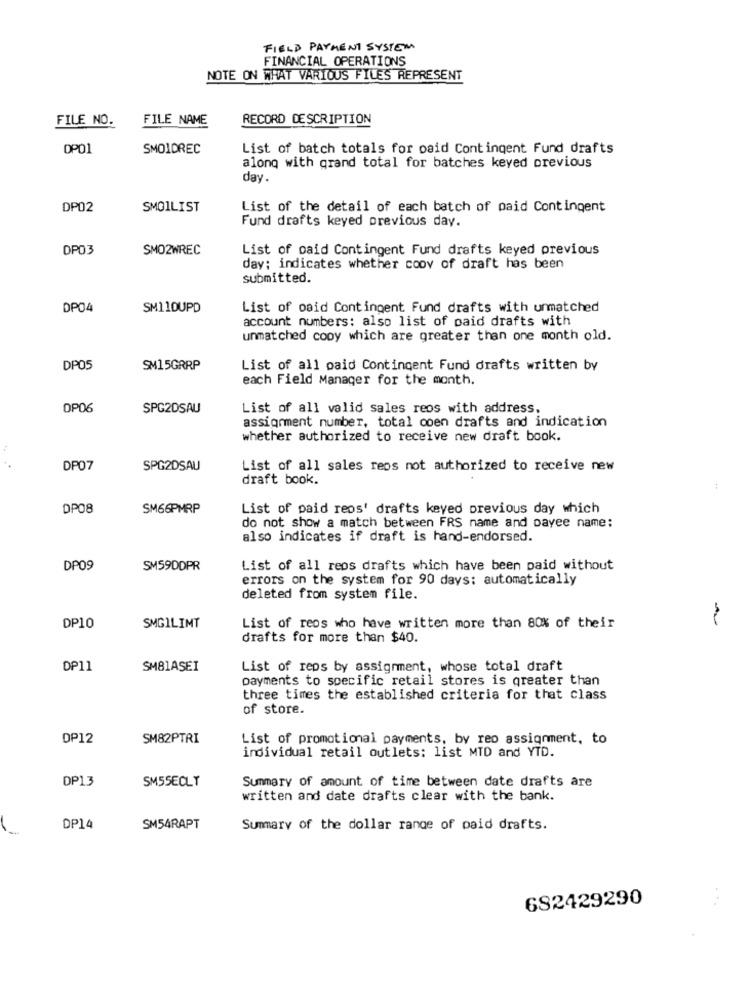
FIELD PAYMENT SYSTEM
FINANCIAL OPERATIONS
NOTE ON WHAT VARIOUS FILES REPRESENT
FILE NO.
FILE NAME
RECORD DESCRIPTION
DP01
SMOIDREC
List of batch totals for osid Contingent Fund drafts
along with grand total for batches keyed previous
day.
DP02
SMOILIST
List of the detail of each batch of paid Contingent
Fund drafts keyed previous day.
DP03
SMO2WREC
List of paid Contingent Fund drafts keyed previous
day: indicates whether coov of draft has been
submitted.
DP04
SM110UPD
List of paid Contingent Fund drafts with unmatched
account numbers: also list of paid drafts with
unmatched cooy which are greater than one month old.
DP05
SM15GRRP
List of all paid Contingent Fund drafts written by
each Field Manager for the month.
OP06
SPG2DSAU
List of all valid sales reos with address,
assignment number, total coen drafts and indication
whether authorized to receive new draft book.
DP07
SPG2DSAU
List of all sales reos not authorized to receive new
draft book.
DP08
SM66PMRP
List of paid reos' drafts keyed previous day which
do not show a match between FRS name and payee name:
also indicates if draft is hand-endorsed.
DP09
SM59DDPR
List of all reos drafts which have been paid without
errors on the system for 90 days: automatically
deleted from system file.
DP10
SMGILIMT
List of reos who have written more than 80% of their
drafts for more than $40.
DP11
SM81ASEI
List of reps by assignment, whose total draft
payments to specific retail stores is greater than
three times the established criteria for that class
of store.
OP12
SM82PTRI
List of promotional payments, by reo assignment, to
individual retail outlets: list MTD and YTD.
DP13
Summary of amount of time between date drafts are
SM5SECLT
written and date drafts clear with the bank.
DP14
SM54RAPT
Summary of the dollar range of paid drafts.
682429290